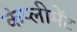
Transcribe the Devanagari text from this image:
कंप्लीमेंट